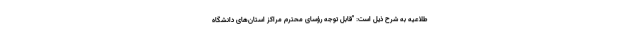
طلاعیه به شرح ذیل است: "قابل توجه رؤسای محترم مراکز استان‌های دانشگاه